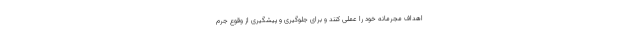
اهداف مجرمانه خود را عملی کنند و برای جلوگیری و پیشگیری از وقوع جرم